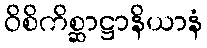
ဝိစိကိစ္ဆာဋ္ဌာနိယာနံ